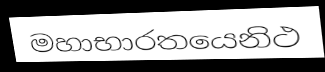
මහාභාරතයෙනිථ